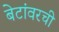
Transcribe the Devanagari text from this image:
बेटांवरची